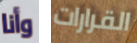
وأنا القرارات